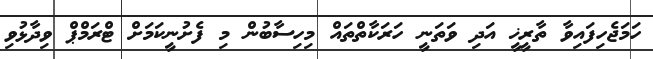
ހަމަޖެހިފައިވާ ތާރީޚީ އަދި ވަތަނީ ހަރަކާތްތައް މިހިސާބުން މި ފެށުނީކަމަށް ޓްރަމްޕް ވިދާޅުވި